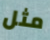
مثل